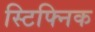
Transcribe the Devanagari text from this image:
स्टिफ्निक